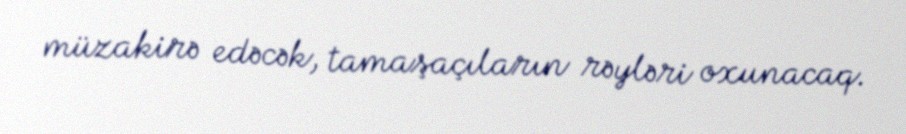
müzakirə edəcək, tamaşaçıların rəyləri oxunacaq.